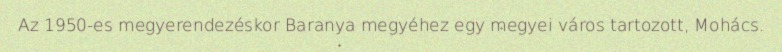
Az 1950-es megyerendezéskor Baranya megyéhez egy megyei város tartozott, Mohács.